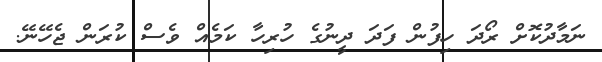
ނަމާދުކޮށް ރޯދަ ހިފުން ފަދަ ދީނުގެ ހުރިހާ ކަމެއް ވެސް ކުރަން ޖެހޭނޭ.